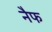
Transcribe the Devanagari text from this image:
नैफ